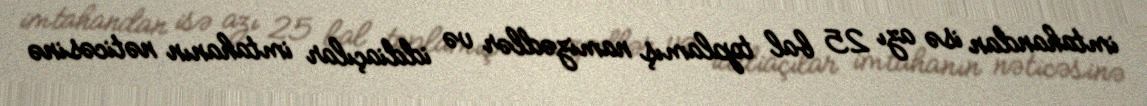
imtahandan isə azı 25 bal toplamış namizədlər və iddiaçılar imtahanın nəticəsinə